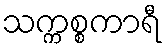
သက္ကစ္စကာရီ